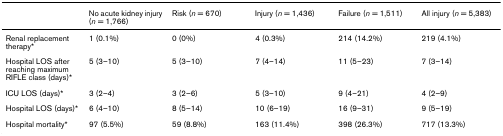
<table><thead><tr><td></td><td><b>No acute kidney injury (<i>n </i>= 1,766)</b></td><td><b>Risk (<i>n </i>= 670)</b></td><td><b>Injury (<i>n </i>= 1,436)</b></td><td><b>Failure (<i>n </i>= 1,511)</b></td><td><b>All injury (<i>n </i>= 5,383)</b></td></tr></thead><tbody><tr><td>Renal replacement therapy*</td><td>1 (0.1%)</td><td>0 (0%)</td><td>4 (0.3%)</td><td>214 (14.2%)</td><td>219 (4.1%)</td></tr><tr><td>Hospital LOS after reaching maximum RIFLE class (days)*</td><td>5 (3–10)</td><td>5 (3–10)</td><td>7 (4–14)</td><td>11 (5–23)</td><td>7 (3–14)</td></tr><tr><td>ICU LOS (days)*</td><td>3 (2–4)</td><td>3 (2–6)</td><td>5 (3–10)</td><td>9 (4–21)</td><td>4 (2–9)</td></tr><tr><td>Hospital LOS (days)*</td><td>6 (4–10)</td><td>8 (5–14)</td><td>10 (6–19)</td><td>16 (9–31)</td><td>9 (5–19)</td></tr><tr><td>Hospital mortality*</td><td>97 (5.5%)</td><td>59 (8.8%)</td><td>163 (11.4%)</td><td>398 (26.3%)</td><td>717 (13.3%)</td></tr></tbody></table>